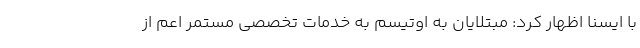
با ایسنا اظهار کرد: مبتلایان به اوتیسم به خدمات تخصصی مستمر اعم از